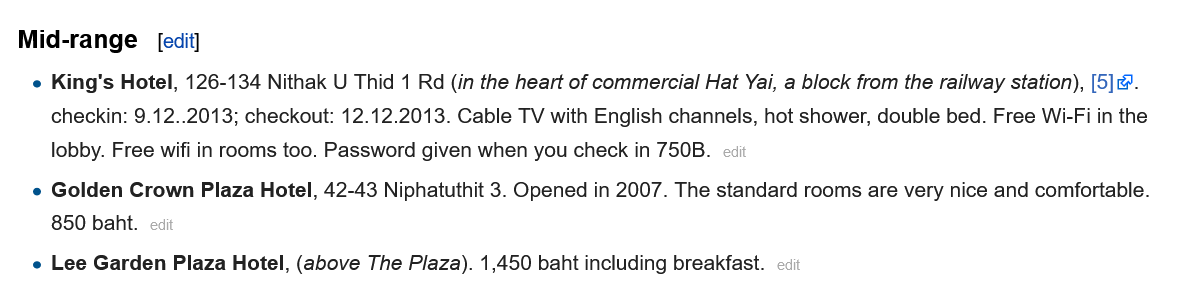
Mid-range    edit]
    e King's Hotel, 126-134 Nithak U Thid 1 Rd (in the heart of commercial Hat Yai, a block from the railway station), [5].
     checkin: 9.12..2013; checkout: 12.12.2013. Cable TV with English channels, hot shower, double bed. Free Wi-Fi in the
     lobby. Free wifi in rooms too. Password given when you check in 750B.
    e Golden Crown Plaza Hotel, 42-43 Niphatuthit 3. Opened in 2007. The standard rooms are very nice and comfortable.
     850 baht.
    e Lee Garden Plaza Hotel, (above The Plaza). 1,450 baht including breakfast.